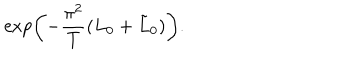
LaTeX: \exp \left( - \frac { \pi ^ { 2 } } { T } ( L _ { 0 } + \tilde { L } _ { 0 } ) \right) .